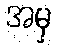
အမှ